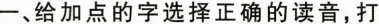
一、给加点的字选择正确的读音，打